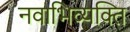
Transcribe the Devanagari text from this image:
नवाभिव्यक्ति